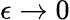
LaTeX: \epsilon\rightarrow 0